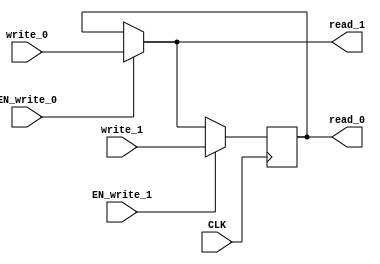
module EHRU_2 (
    CLK,
    read_0,
    write_0,
    EN_write_0,
    read_1,
    write_1,
    EN_write_1
);
    parameter            DATA_SZ = 1;
    parameter            RESET_VAL = 0;

    input                CLK;
    output [DATA_SZ-1:0] read_0;
    input  [DATA_SZ-1:0] write_0;
    input                EN_write_0;
    output [DATA_SZ-1:0] read_1;
    input  [DATA_SZ-1:0] write_1;
    input                EN_write_1;

    reg    [DATA_SZ-1:0] r;
    wire   [DATA_SZ-1:0] wire_0;
    wire   [DATA_SZ-1:0] wire_1;
    wire   [DATA_SZ-1:0] wire_2;

    assign wire_0 = r;
    assign wire_1 = EN_write_0 ? write_0 : wire_0;
    assign wire_2 = EN_write_1 ? write_1 : wire_1;

    assign read_0 = wire_0;
    assign read_1 = wire_1;

    always @(posedge CLK) begin
        r <= wire_2;
    end
endmodule